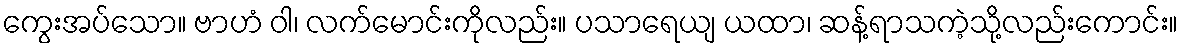
ကွေးအပ်သော။ ဗာဟံ ဝါ၊ လက်မောင်းကိုလည်း။ ပသာရေယျ ယထာ၊ ဆန့်ရာသကဲ့သို့လည်းကောင်း။